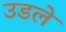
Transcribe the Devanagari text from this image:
उडले